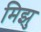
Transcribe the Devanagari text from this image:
मिझु